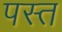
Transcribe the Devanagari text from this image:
पस्‍त